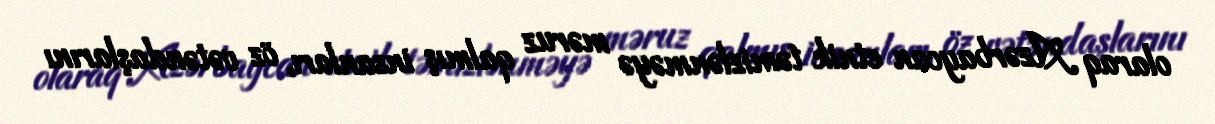
olaraq Azərbaycan etnik təmizlənməyə məruz qalmış insanları, öz vətəndaşlarını